Indian journal of veterinary science and animal husbandry - Volume 11,
Year: 1941
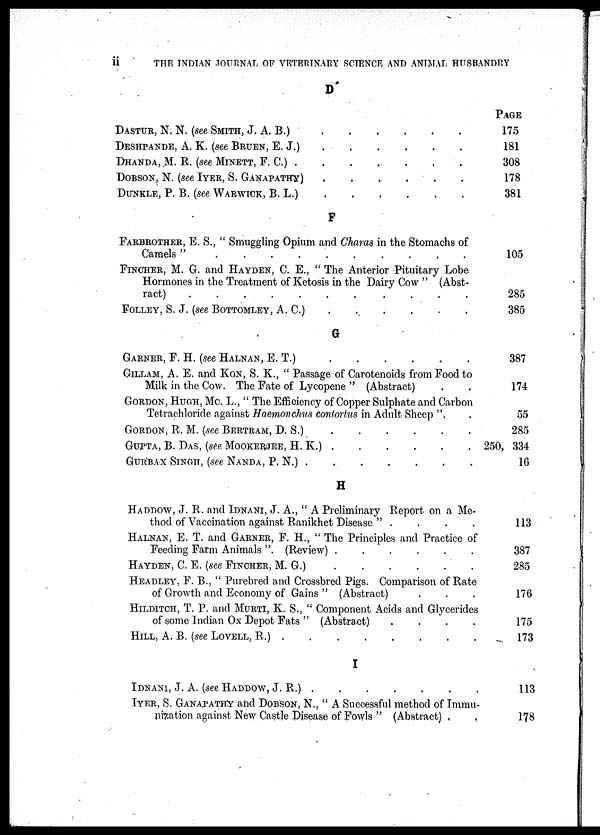
ii
THE
INDIAN JOURNAL OF VETETINARY SCIENCE AND ANIMAL HUSBANDRY
D
DASTUR, N. N. (see SMITH, J. A. B.) . . . . . .
DESHPANDE, A. K. (see BRUEN, E. J.) . . . . . .
DHANDA,.M.R. (see MINETT, F. C.) . . . . . . .
DOBSON, N. (see IYER, S. GANAPATHY) . . . . . .
DUNKLE, P. B. (see WARWICK, B. L.) . . . . . .
F
Farbrother, E. S., " Smuggling Opium and Charas in the Stomachs of
Camels " . . . . . . . . . .
FINCHER, M. G. and HAYDEN, C. E., " The Anterior Pituitary Lobe
Hormones in the Treatment of Ketosis in the Dairy Cow " (Abst-
ract) . . . . . . . . . .
FOLLEY, S. J. (see BOTTOMLEY, A. C.) . . . . . .
Garner, F. H. (see Halnan, E. T.) . . . . . . .
GILLAM, A. E. AND KON, S. K., " Passage of Carotenoids from Food to
Milk in the Cow. The Fate of Lycopene " (Abstract) . .
GORDON, HUGH, MC. L., " The Efficiency of Copper Sulphate and Carbon
Tetrachloride against Haemonclms confortus in Adult Sheep ". . .
GORDON, R. M. (see BERTRAM, D. S.) . . . . . .
GUPTA, B. DAS, (see MOOKERJEE, H. K.) . . . . . .
GURBAX SINGH, (see NANDA, P. N.) . . . . . . .
H
Haddow, J. R. and Idnani, J. A., " A Preliminary Report on a Me-
thod of Vaccination against Ranikhet Disease " . . . .
HALNAN, E. T. and GARNER, F. H., " The Principles and Practice of
Feeding Farm Animals ". (Review) .
.
.
.
.
.
HAYDEN, C. E. (see FINCHER, M. G.) . . . . . .
HEADLEY, F. B., " Purebred and Crossbred Pigs. Comparison of Rate
of Growth and Economy of Gains" (Abstract) . . .
HILDITCH, T. P. AND MURTI, K. S., " Component Acids and Glycerides
of some Indian Ox Depot Fats " (Abstract)
.
.
.
.
HILL, A. B. (see LOYELL, R.) . . . . . . . .
I
Idnani, J. A. (see Haddow, J. R.) . . . . . . .
IYER, S. GANAPATHY AND DOBSON, N., " A Successful method of Immu-
nisation against New Castle Disease of Fowls " (Abstract) . .
PAGE
175
181
308
178
381
105
285
385
387
174
55
285
250, 334
16
113
387
285
176
175
173
113
178